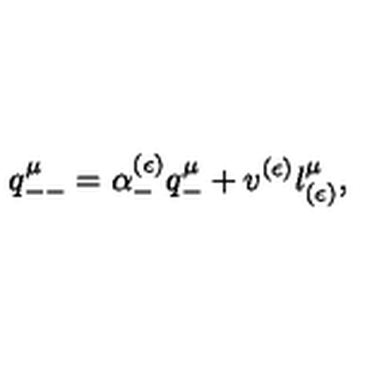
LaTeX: q _ { -- } ^ { \mu } = \alpha _ { - } ^ { ( \epsilon ) } q _ { - } ^ { \mu } + v ^ { ( \epsilon ) } l _ { ( \epsilon ) } ^ { \mu } ,